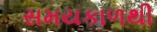
સમયકાળથી